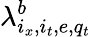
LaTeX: \lambda_{i_{x},i_{t},e,q_{t}}^{b}